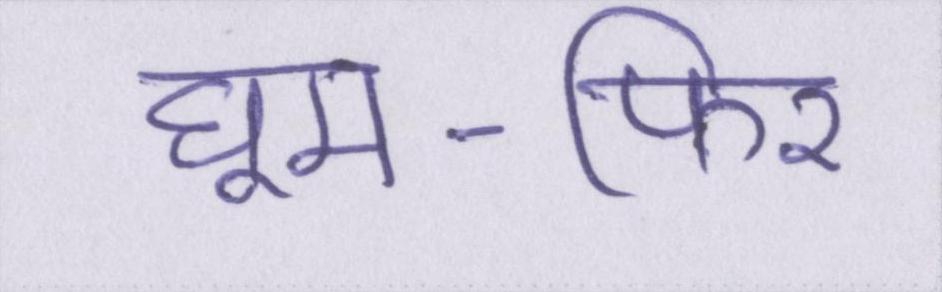
घूम-फिर